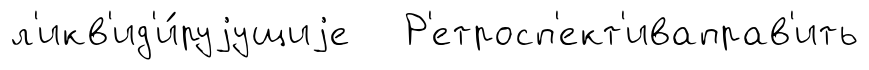
л'икв'ид'и́руjущиjе Р'етросп'ект'иваправ'ить